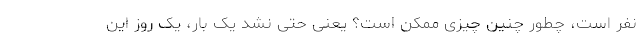
نفر است، چطور چنین چیزی ممکن است؟ یعنی حتی نشد یک بار، یک روز این